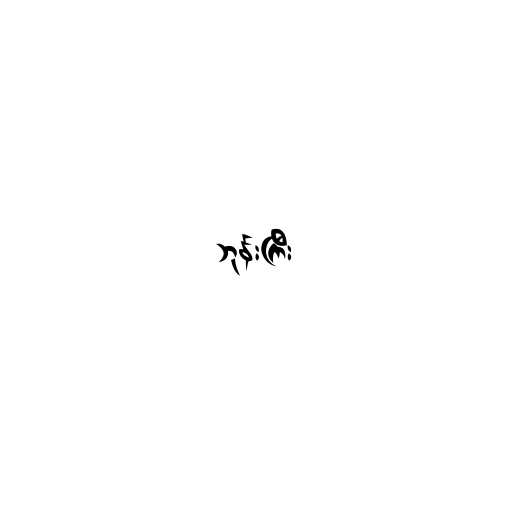
ဘုန်းကြီး